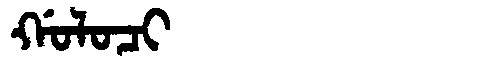
Manchu: ᡤᠣᠯᠣᠴᡳ
Romanization: GOLOCI